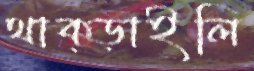
থাক্‌ড়াইলি